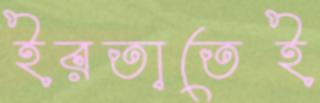
ইরতাতেই